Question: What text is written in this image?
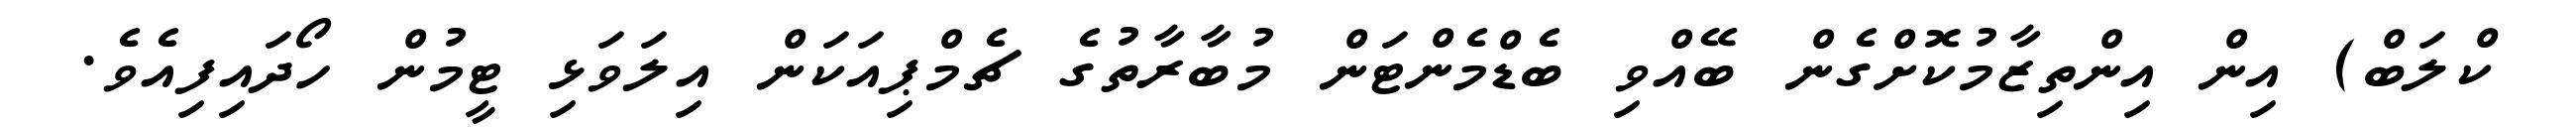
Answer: ކްލަބް) އިން އިންތިޒާމުކޮށްގެން ބޭއްވި ބެޑްމެންޓަން މުބާރާތުގެ ޗެމްޕިއަކަން އިލަވަޅި ޓީމުން ހޯދައިފިއެވެ.